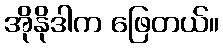
အိုနိုဒါက ဖြေတယ်။